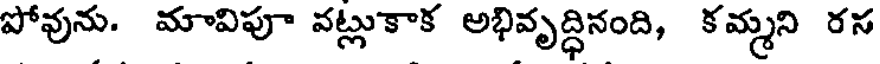
పోవును. మావిపూ వట్లుకాక అభివృద్ధినంది, కమ్మని రస